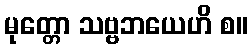
မုတ္တော သဗ္ဗဘယေဟိ စ။